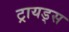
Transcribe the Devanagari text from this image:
ट्रायड्स